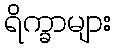
ရိက္ခာများ